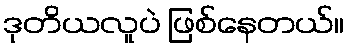
ဒုတိယလူပဲ ဖြစ်နေတယ်။